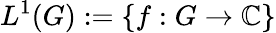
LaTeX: L^{1}(G):=\{ f:G\to\mathbb{C}\}